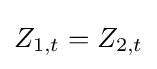
Z_{1,t}=Z_{2,t}